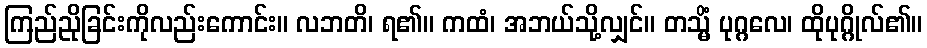
ကြည်ညိုခြင်းကိုလည်းကောင်း။ လဘတိ၊ ရ၏။ ကထံ၊ အဘယ်သို့လျှင်။ တသ္မိံ ပုဂ္ဂလေ၊ ထိုပုဂ္ဂိုလ်၏။